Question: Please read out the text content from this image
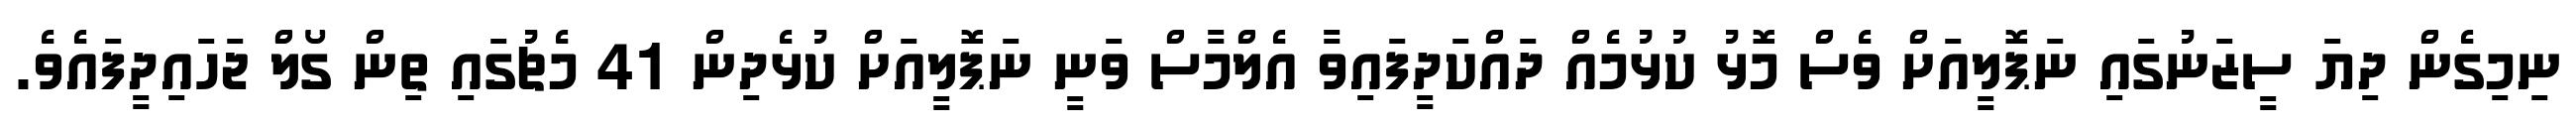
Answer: ނިމިގެން ދިޔަ ސީޒަނުގައި ނަޕޮލީއަށް ވެސް މޮޅު ކުޅުމެއް ދައްކަދީފައިވާ އެލްމާސް ވަނީ ނަޕޮލީއަށް ކުޅެދިން 41 މެޗުގައި ތިން ގޯލް ޖަހައިދީފައެވެ.